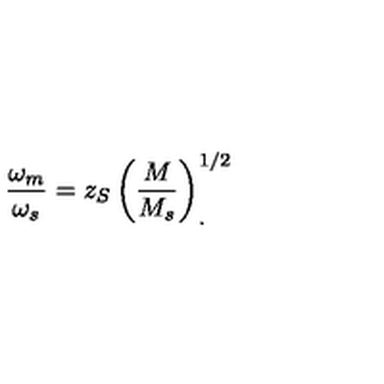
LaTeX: \frac { \omega _ { m } } { \omega _ { s } } = z _ { S } \left( \frac { M } { M _ { s } } \right) _ { . } ^ { 1 / 2 }